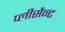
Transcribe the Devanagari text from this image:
प्लीसैन्ट